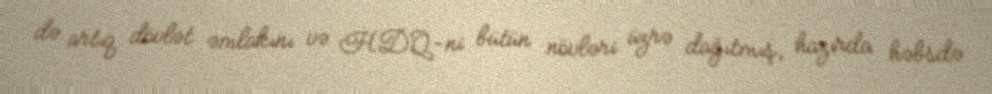
də artıq dövlət əmlakını və HDQ-ni bütün növləri üzrə dağıtmış, hazırda həbsdə